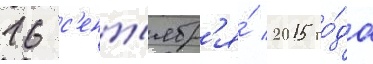
16 с'ент'ябр'я́ 2015 го́да